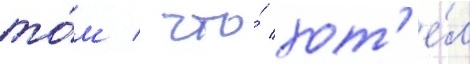
то́м / что́ хот'е́л